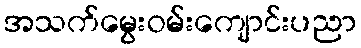
အသက်မွေးဝမ်းကျောင်းပညာ